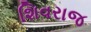
શિવરાજ